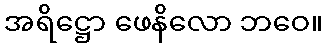
အရိဋ္ဌော ဖေနိလော ဘဝေ။